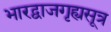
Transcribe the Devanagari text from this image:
भारद्वाजगृह्यसूत्र